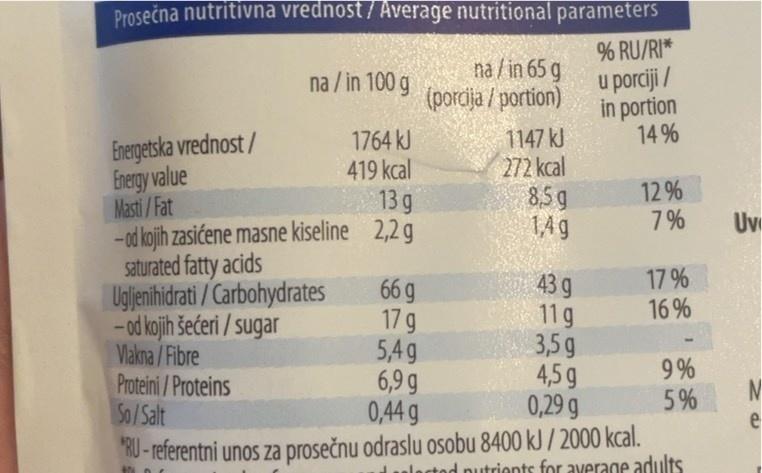
Prosečna nutritivna vrednost / Average nutritional parameters
na / in 65 g (porcija / portion)
% RU/RI* u porciji / in portion 14 %
na / in 100 g
1147 kJ 272 kcal 8,5 g 14g
Energetska vrednost/ Energy value Masti /Fat - od kojih zasićene masne kiseline 2,2 g saturated fatty acids Ugljenihidrati / Carbohydrates -od kojih šećeri / sugar Vlakna /Fibre Proteini/Proteins So/Salt
1764 kJ 419 kcal 13 g
12 % 7%
Uv
17 % 16 %
66 g 17 g 5,4g 6,9 g 0,44 g
43 g 11g 3,5 g 4,5 g 0,29 g
9 %
5%
e
TRU-referentni unos za prosečnu odraslu osobu 8400 kJ / 2000 kcal. nutrionts for average adults